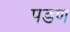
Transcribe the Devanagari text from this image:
पडण